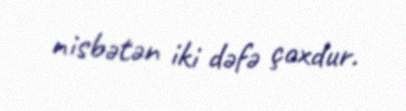
nisbətən iki dəfə çoxdur.